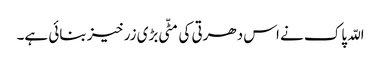
اللّہ پاک نے اس دھرتی کی مٹّی بڑی زرخیز بنائی ہے۔